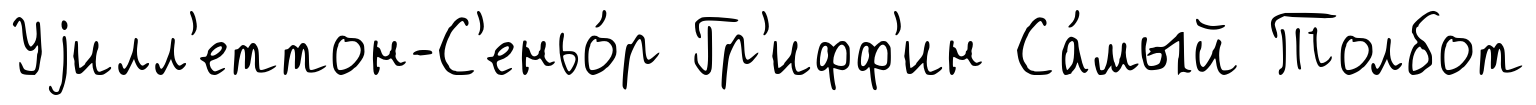
Уjилл'еттон-С'еньо́р Гр'ифф'ин Са́мый Толбот